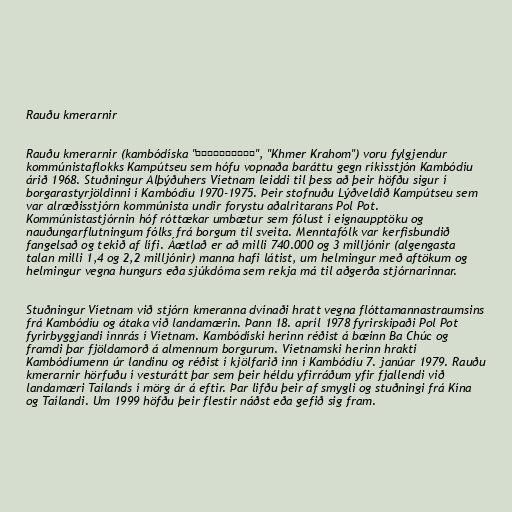
Rauðu kmerarnir

Rauðu kmerarnir (kambódíska "ខ្មែរក្រហម", "Khmer Krahom") voru fylgjendur
kommúnistaflokks Kampútseu sem hófu vopnaða baráttu gegn ríkisstjón Kambódíu
árið 1968. Stuðningur Alþýðuhers Víetnam leiddi til þess að þeir höfðu sigur í
borgarastyrjöldinni í Kambódíu 1970-1975. Þeir stofnuðu Lýðveldið Kampútseu sem
var alræðisstjórn kommúnista undir forystu aðalritarans Pol Pot.
Kommúnistastjórnin hóf róttækar umbætur sem fólust í eignaupptöku og
nauðungarflutningum fólks frá borgum til sveita. Menntafólk var kerfisbundið
fangelsað og tekið af lífi. Áætlað er að milli 740.000 og 3 milljónir (algengasta
talan milli 1,4 og 2,2 milljónir) manna hafi látist, um helmingur með aftökum og
helmingur vegna hungurs eða sjúkdóma sem rekja má til aðgerða stjórnarinnar.

Stuðningur Víetnam við stjórn kmeranna dvínaði hratt vegna flóttamannastraumsins
frá Kambódíu og átaka við landamærin. Þann 18. apríl 1978 fyrirskipaði Pol Pot
fyrirbyggjandi innrás í Víetnam. Kambódíski herinn réðist á bæinn Ba Chúc og
framdi þar fjöldamorð á almennum borgurum. Víetnamski herinn hrakti
Kambódíumenn úr landinu og réðist í kjölfarið inn í Kambódíu 7. janúar 1979. Rauðu
kmerarnir hörfuðu í vesturátt þar sem þeir héldu yfirráðum yfir fjallendi við
landamæri Taílands í mörg ár á eftir. Þar lifðu þeir af smygli og stuðningi frá Kína
og Taílandi. Um 1999 höfðu þeir flestir náðst eða gefið sig fram.